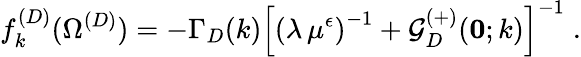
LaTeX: f_{k}^{(D)}(\Omega^{({D})})=-\Gamma_{{D}}(k)\left[\left(\lambda\, \mu^{\epsilon}\right)^{-1}+{\mathcal G}_{{D}}^{(+)}({\mathbf 0};k)\right]^{-1}\; .